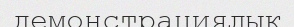
демонстрациялық